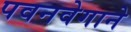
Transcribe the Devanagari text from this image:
पवनवेगाने